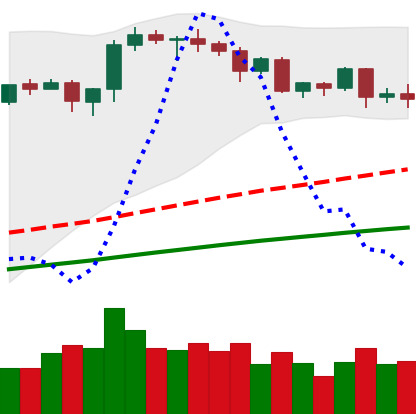
Ticker: ETH-USD
Chart end date: 2020-08-27
Forward return: 24.676%
Label: up_7plus